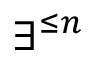
\exists ^ { \leq n }